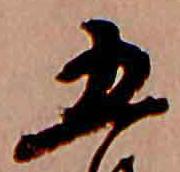
五